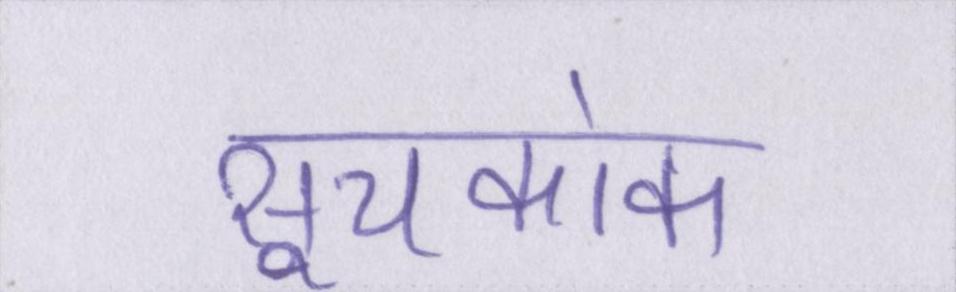
सूचकांक